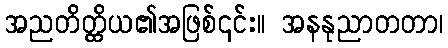
အညတိတ္ထိယ၏အဖြစ်၎င်း။ အနနုညာတတာ၊